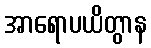
အာရောပယိတွာန